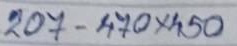
207 - 470 x 450